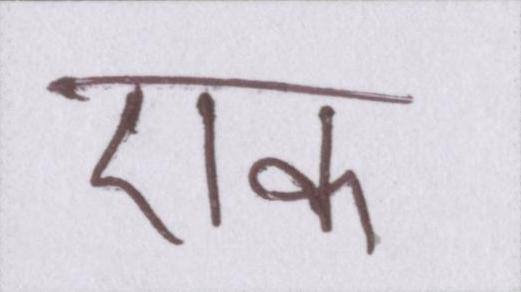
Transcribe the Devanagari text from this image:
एक